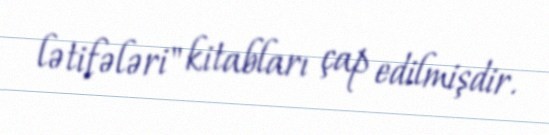
lətifələri" kitabları çap edilmişdir.